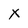
Character: X